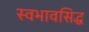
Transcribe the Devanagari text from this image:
स्वभावसिद्ध